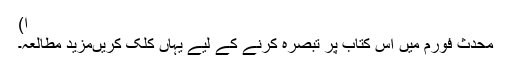
ا)
محدث فورم میں اس کتاب پر تبصرہ کرنے کے لیے یہاں کلک کریںمزید مطالعہ۔